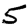
Digit: 5